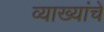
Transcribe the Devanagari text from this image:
व्याख्यांचे